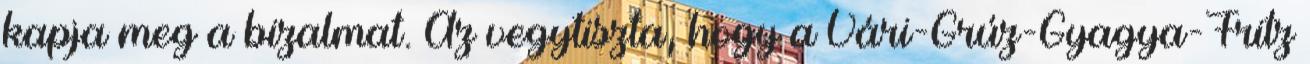
kapja meg a bizalmat. Az vegytiszta, hogy a Vári-Grúz-Gyagya-Fritz